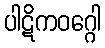
ပါဋိကဝဂ္ဂေါ